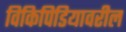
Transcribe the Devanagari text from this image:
विकिपिडियावरील